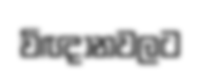
විඥානවලට